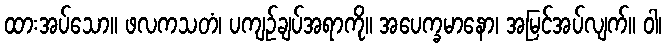
ထားအပ်သော။ ဖလကသတံ၊ ပကျဉ်ချပ်အရာကို။ အပေက္ခမာနော၊ အမြင်အပ်လျက်။ ဝါ၊